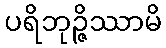
ပရိဘုဉ္ဇိဿာမိ